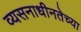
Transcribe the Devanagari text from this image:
व्यसनाधीनतेच्या